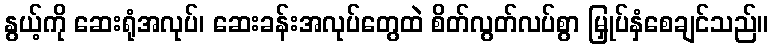
နွယ့်ကို ဆေးရုံအလုပ်၊ ဆေးခန်းအလုပ်တွေထဲ စိတ်လွတ်လပ်စွာ မြှုပ်နှံစေချင်သည်။